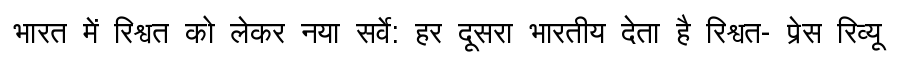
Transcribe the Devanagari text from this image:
भारत में रिश्वत को लेकर नया सर्वे: हर दूसरा भारतीय देता है रिश्वत- प्रेस रिव्यू